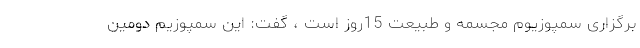
برگزاری سمپوزیوم مجسمه و طبیعت 15روز است ، گفت: این سمپوزیم دومین